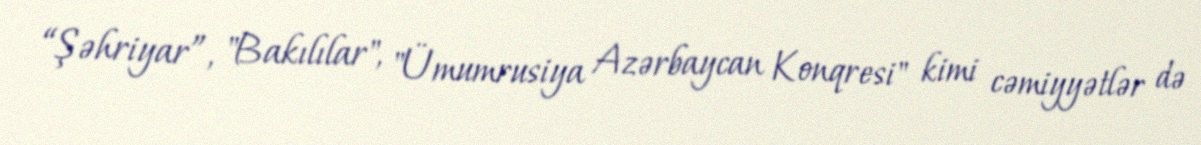
“Şəhriyar”, "Bakılılar", "Ümumrusiya Azərbaycan Konqresi" kimi cəmiyyətlər də